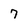
Character: 7